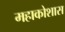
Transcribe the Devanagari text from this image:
महाकोशास